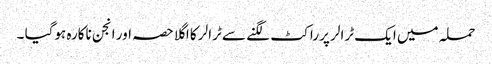
حملہ میں ایک ٹرالر پر راکٹ لگنے سے ٹرالر کا اگلا حصہ اور انجن ناکارہ ہوگیا ۔